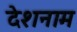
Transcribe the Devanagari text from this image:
देशनाम